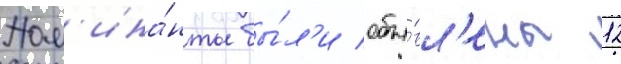
Ном'ина́нты бы́л'и объя́вл'ены 12